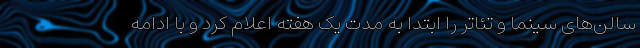
سالن‌های سینما و تئاتر را ابتدا به مدت یک هفته اعلام کرد و با ادامه